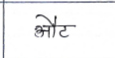
मजकूर: औट